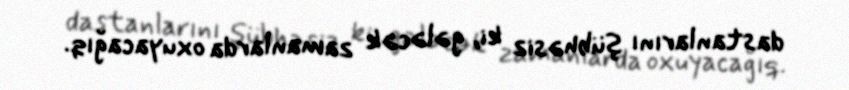
dastanlarını şübhəsiz ki, gələcək zamanlarda oxuyacağıq.